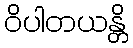
ဝိပါတယန္တိ